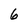
Character: 6